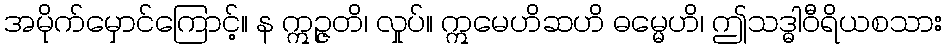
အမိုက်မှောင်ကြောင့်။ န ဣဉ္ဇတိ၊ လှုပ်။ ဣမေဟိဆဟိ ဓမ္မေဟိ၊ ဤသဒ္ဓါဝီရိယစသား